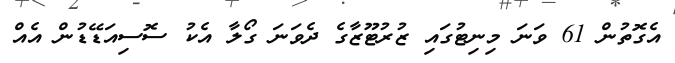
އެގޮތުން 61 ވަނަ މިނިޓުގައި ޒުރުޓޫޒާގެ ދެވަނަ ގޯލާ އެކު ސޮސިއަޑޭޑުން އެއް